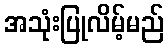
အသုံးပြုလိမ့်မည်